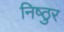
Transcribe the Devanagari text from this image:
निष्‍ठुर